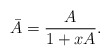
\begin{align*}\bar{A} = \frac{A}{1+xA}.\end{align*}